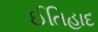
ઈતિહાદ